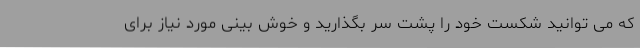
که می توانید شکست خود را پشت سر بگذارید و خوش بینی مورد نیاز برای